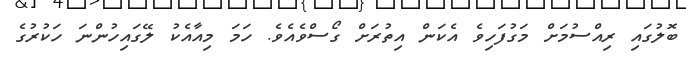
ބޮލުގައި ރިއްސުމަށް މަގުފަހިވެ އެކަން އިތުރަށް ގޯސްވެއެވެ. ހަމަ މިއާއެކު ލޭގައިހުންނަ ހަކުރުގެ